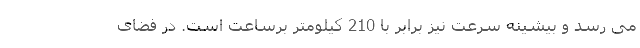
می رسد و بیشینه سرعت نیز برابر با 210 کیلومتر برساعت است. در فضای